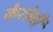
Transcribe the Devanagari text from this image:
केरोजी